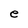
Character: e